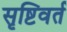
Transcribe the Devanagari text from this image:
सृष्टिवर्त